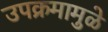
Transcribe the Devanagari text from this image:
उपक्रमामुळे